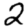
Digit: 2